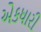
એકધારી